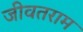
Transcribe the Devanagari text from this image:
जीवतराम